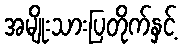
အမျိုးသားပြတိုက်နှင့်